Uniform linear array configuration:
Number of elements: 64
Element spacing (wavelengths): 1
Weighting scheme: exponential
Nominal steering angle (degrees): -15
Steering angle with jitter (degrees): -14.033
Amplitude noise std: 0.05
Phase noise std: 0.05

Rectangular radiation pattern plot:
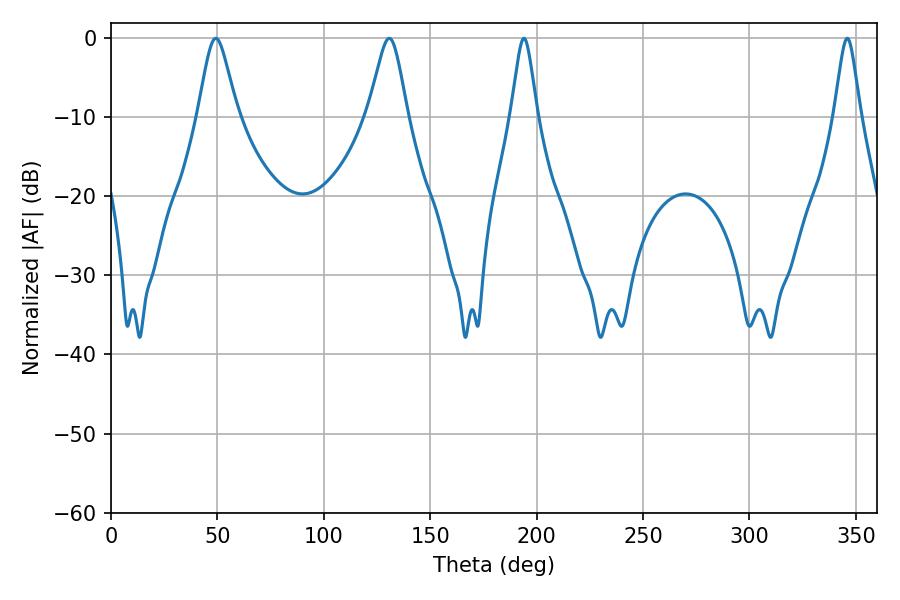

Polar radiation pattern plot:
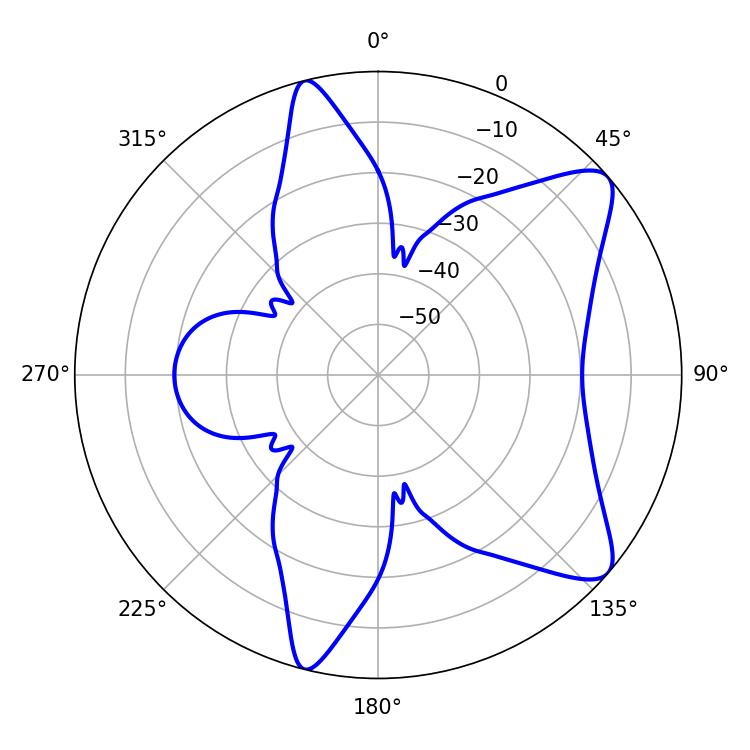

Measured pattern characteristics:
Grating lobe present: TRUE
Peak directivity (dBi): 9.245
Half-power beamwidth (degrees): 5.76
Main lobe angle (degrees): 194.04